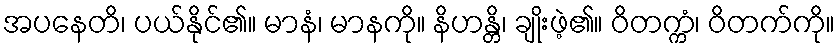
အပနေတိ၊ ပယ်နိုင်၏။ မာနံ၊ မာနကို။ နိဟန္တိ၊ ချိုးဖဲ့၏။ ဝိတက္ကံ၊ ဝိတက်ကို။